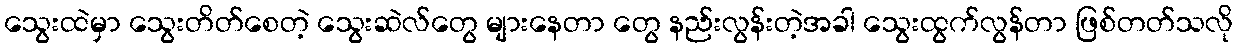
သွေးထဲမှာ သွေးတိတ်စေတဲ့ သွေးဆဲလ်တွေ များနေတာ တွေ နည်းလွန်းတဲ့အခါ သွေးထွက်လွန်တာ ဖြစ်တတ်သလို